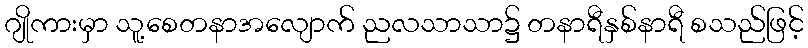
ဂျိုကားမှာ သူ့စေတနာအလျောက် ညလသာသာ၌ တနာရီနှစ်နာရီ စသည်ဖြင့်